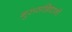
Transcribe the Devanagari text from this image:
गुरुसन्निधानी